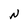
Character: N